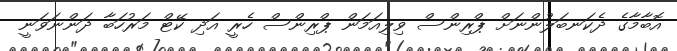
އޮބާމާގެ ދެކަނބަލުންނަށް ޕްރިންސް ވިލިއަމަން ޕްރިންސް ހެރީ އަދި ކޭޓް މަރުހަބާ ދަންނަވަނީ